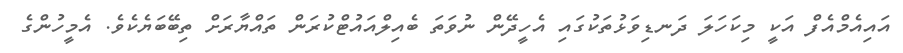
އައިއެމްއެފް އަކީ މިކަހަލަ ދަނޑިވަޅުތަކުގައި އެހީދޭން ނުވަތަ ބެއިލްއައުޓްކުރަން ތައްޔާރަށް ތިބޭބަޔެކެވެ. އެމީހުންގެ